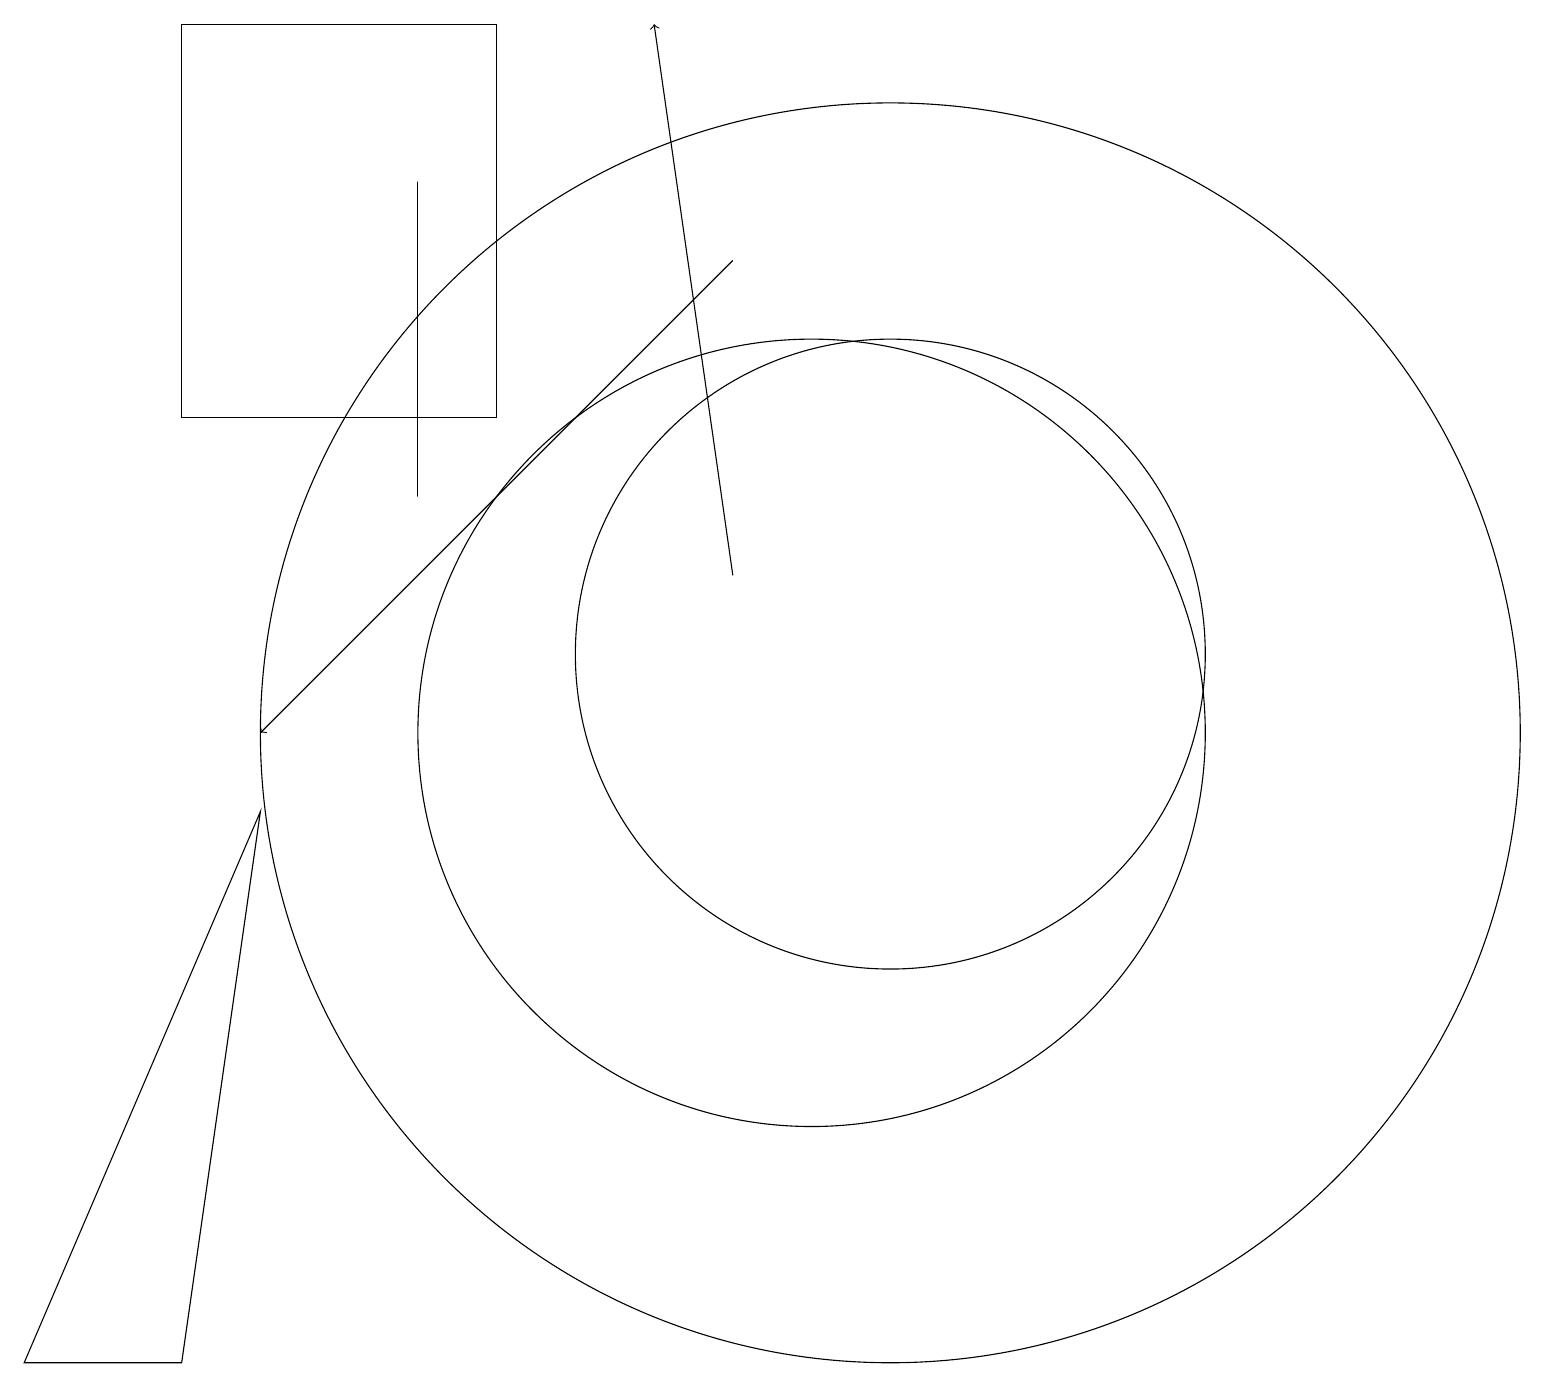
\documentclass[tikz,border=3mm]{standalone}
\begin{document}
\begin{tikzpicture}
\draw (5,17) rectangle (5,13);
\draw (11,10) circle (8);
\draw[->] (9,12) -- (8,19);
\draw (11,11) circle (4);
\draw (2,2) -- (0,2) -- (3,9) -- cycle;
\draw (10,10) circle (5);
\draw[->] (9,16) -- (3,10);
\draw (6,19) rectangle (2,14);
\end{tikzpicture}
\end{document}